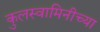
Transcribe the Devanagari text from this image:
कुलस्वामिनीच्या